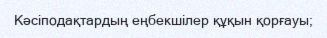
Кәсіподақтардың еңбекшілер құқын қорғауы;